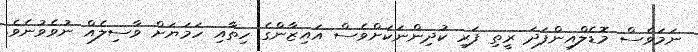
ނަމަވެސް މޮޑެލްއިންފަދަ ރީތި ފަރި ކުދިންނަކަށްވެސް އައިޒާންގެ ހިތާއި ހަމަޔަށް ވާސިލެއް ނުވެވުނެވެ.